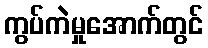
ကွပ်ကဲမှုအောက်တွင်